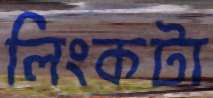
লিংকটা